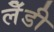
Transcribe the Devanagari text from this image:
लेँडी